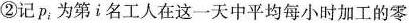
②记p。为第i名工人在这一天中平均每小时加工的零件数，